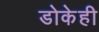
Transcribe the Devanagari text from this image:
डोकेही